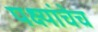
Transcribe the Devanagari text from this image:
पक्ष्यांचेच